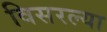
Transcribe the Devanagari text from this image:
विसरल्या